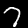
Label: 7